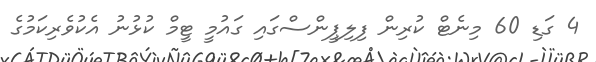
4 ގަޑި 60 މިނެޓް ކުރިން ފިލިޕީންސްގައި ގައުމީ ޓީމް ކުޅުނު އެކުވެރިކަމުގެ